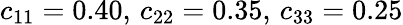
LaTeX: c_{11}=0.40,\, c_{22}=0.35,\, c_{33}=0.25